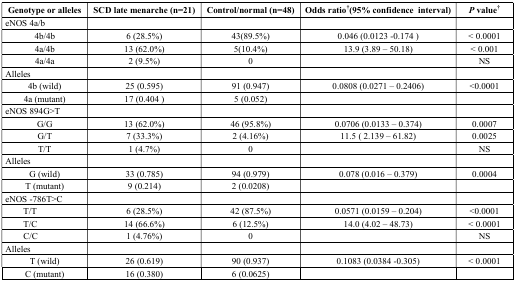
<table><thead><tr><td><b>Genotype or alleles</b></td><td><b>SCD late menarche (n=21)</b></td><td><b>Control/normal (n=48)</b></td><td><b>Odds ratio† (95% confidence interval)</b></td><td><b><i>P</i> value†</b></td></tr></thead><tbody><tr><td>eNOS 4a/b</td><td></td><td></td><td></td><td></td></tr><tr><td>4b/4b</td><td>6 (28.5%)</td><td>43(89.5%)</td><td>0.046 (0.0123 −0.174 )</td><td>&lt; 0.0001</td></tr><tr><td>4a/4b</td><td>13 (62.0%)</td><td>5(10.4%)</td><td>13.9 (3.89 – 50.18)</td><td>&lt; 0.001</td></tr><tr><td>4a/4a</td><td>2 (9.5%)</td><td>0</td><td></td><td>NS</td></tr><tr><td>Alleles</td><td></td><td></td><td></td><td></td></tr><tr><td>4b (wild)</td><td>25 (0.595)</td><td>91 (0.947)</td><td>0.0808 (0.0271 – 0.2406)</td><td>&lt;0.0001</td></tr><tr><td>4a (mutant)</td><td>17 (0.404 )</td><td>5 (0.052)</td><td></td><td></td></tr><tr><td>eNOS 894G&gt;T</td><td></td><td></td><td></td><td></td></tr><tr><td>G/G</td><td>13 (62.0%)</td><td>46 (95.8%)</td><td>0.0706 (0.0133 – 0.374)</td><td>0.0007</td></tr><tr><td>G/T</td><td>7 (33.3%)</td><td>2 (4.16%)</td><td>11.5 ( 2.139 – 61.82)</td><td>0.0025</td></tr><tr><td>T/T</td><td>1 (4.7%)</td><td>0</td><td></td><td>NS</td></tr><tr><td>Alleles</td><td></td><td></td><td></td><td></td></tr><tr><td>G (wild)</td><td>33 (0.785)</td><td>94 (0.979)</td><td>0.078 (0.016 – 0.379)</td><td>0.0004</td></tr><tr><td>T (mutant)</td><td>9 (0.214)</td><td>2 (0.0208)</td><td></td><td></td></tr><tr><td>eNOS -786T&gt;C</td><td></td><td></td><td></td><td></td></tr><tr><td>T/T</td><td>6 (28.5%)</td><td>42 (87.5%)</td><td>0.0571 (0.0159 – 0.204)</td><td>&lt;0.0001</td></tr><tr><td>T/C</td><td>14 (66.6%)</td><td>6 (12.5%)</td><td>14.0 (4.02 – 48.73)</td><td>&lt; 0.0001</td></tr><tr><td>C/C</td><td>1 (4.76%)</td><td>0</td><td></td><td>NS</td></tr><tr><td>Alleles</td><td></td><td></td><td></td><td></td></tr><tr><td>T (wild)</td><td>26 (0.619)</td><td>90 (0.937)</td><td>0.1083 (0.0384 −0.305)</td><td>&lt; 0.0001</td></tr><tr><td>C (mutant)</td><td>16 (0.380)</td><td>6 (0.0625)</td><td></td><td></td></tr></tbody></table>